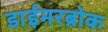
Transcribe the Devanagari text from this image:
डाईमरब्रोक